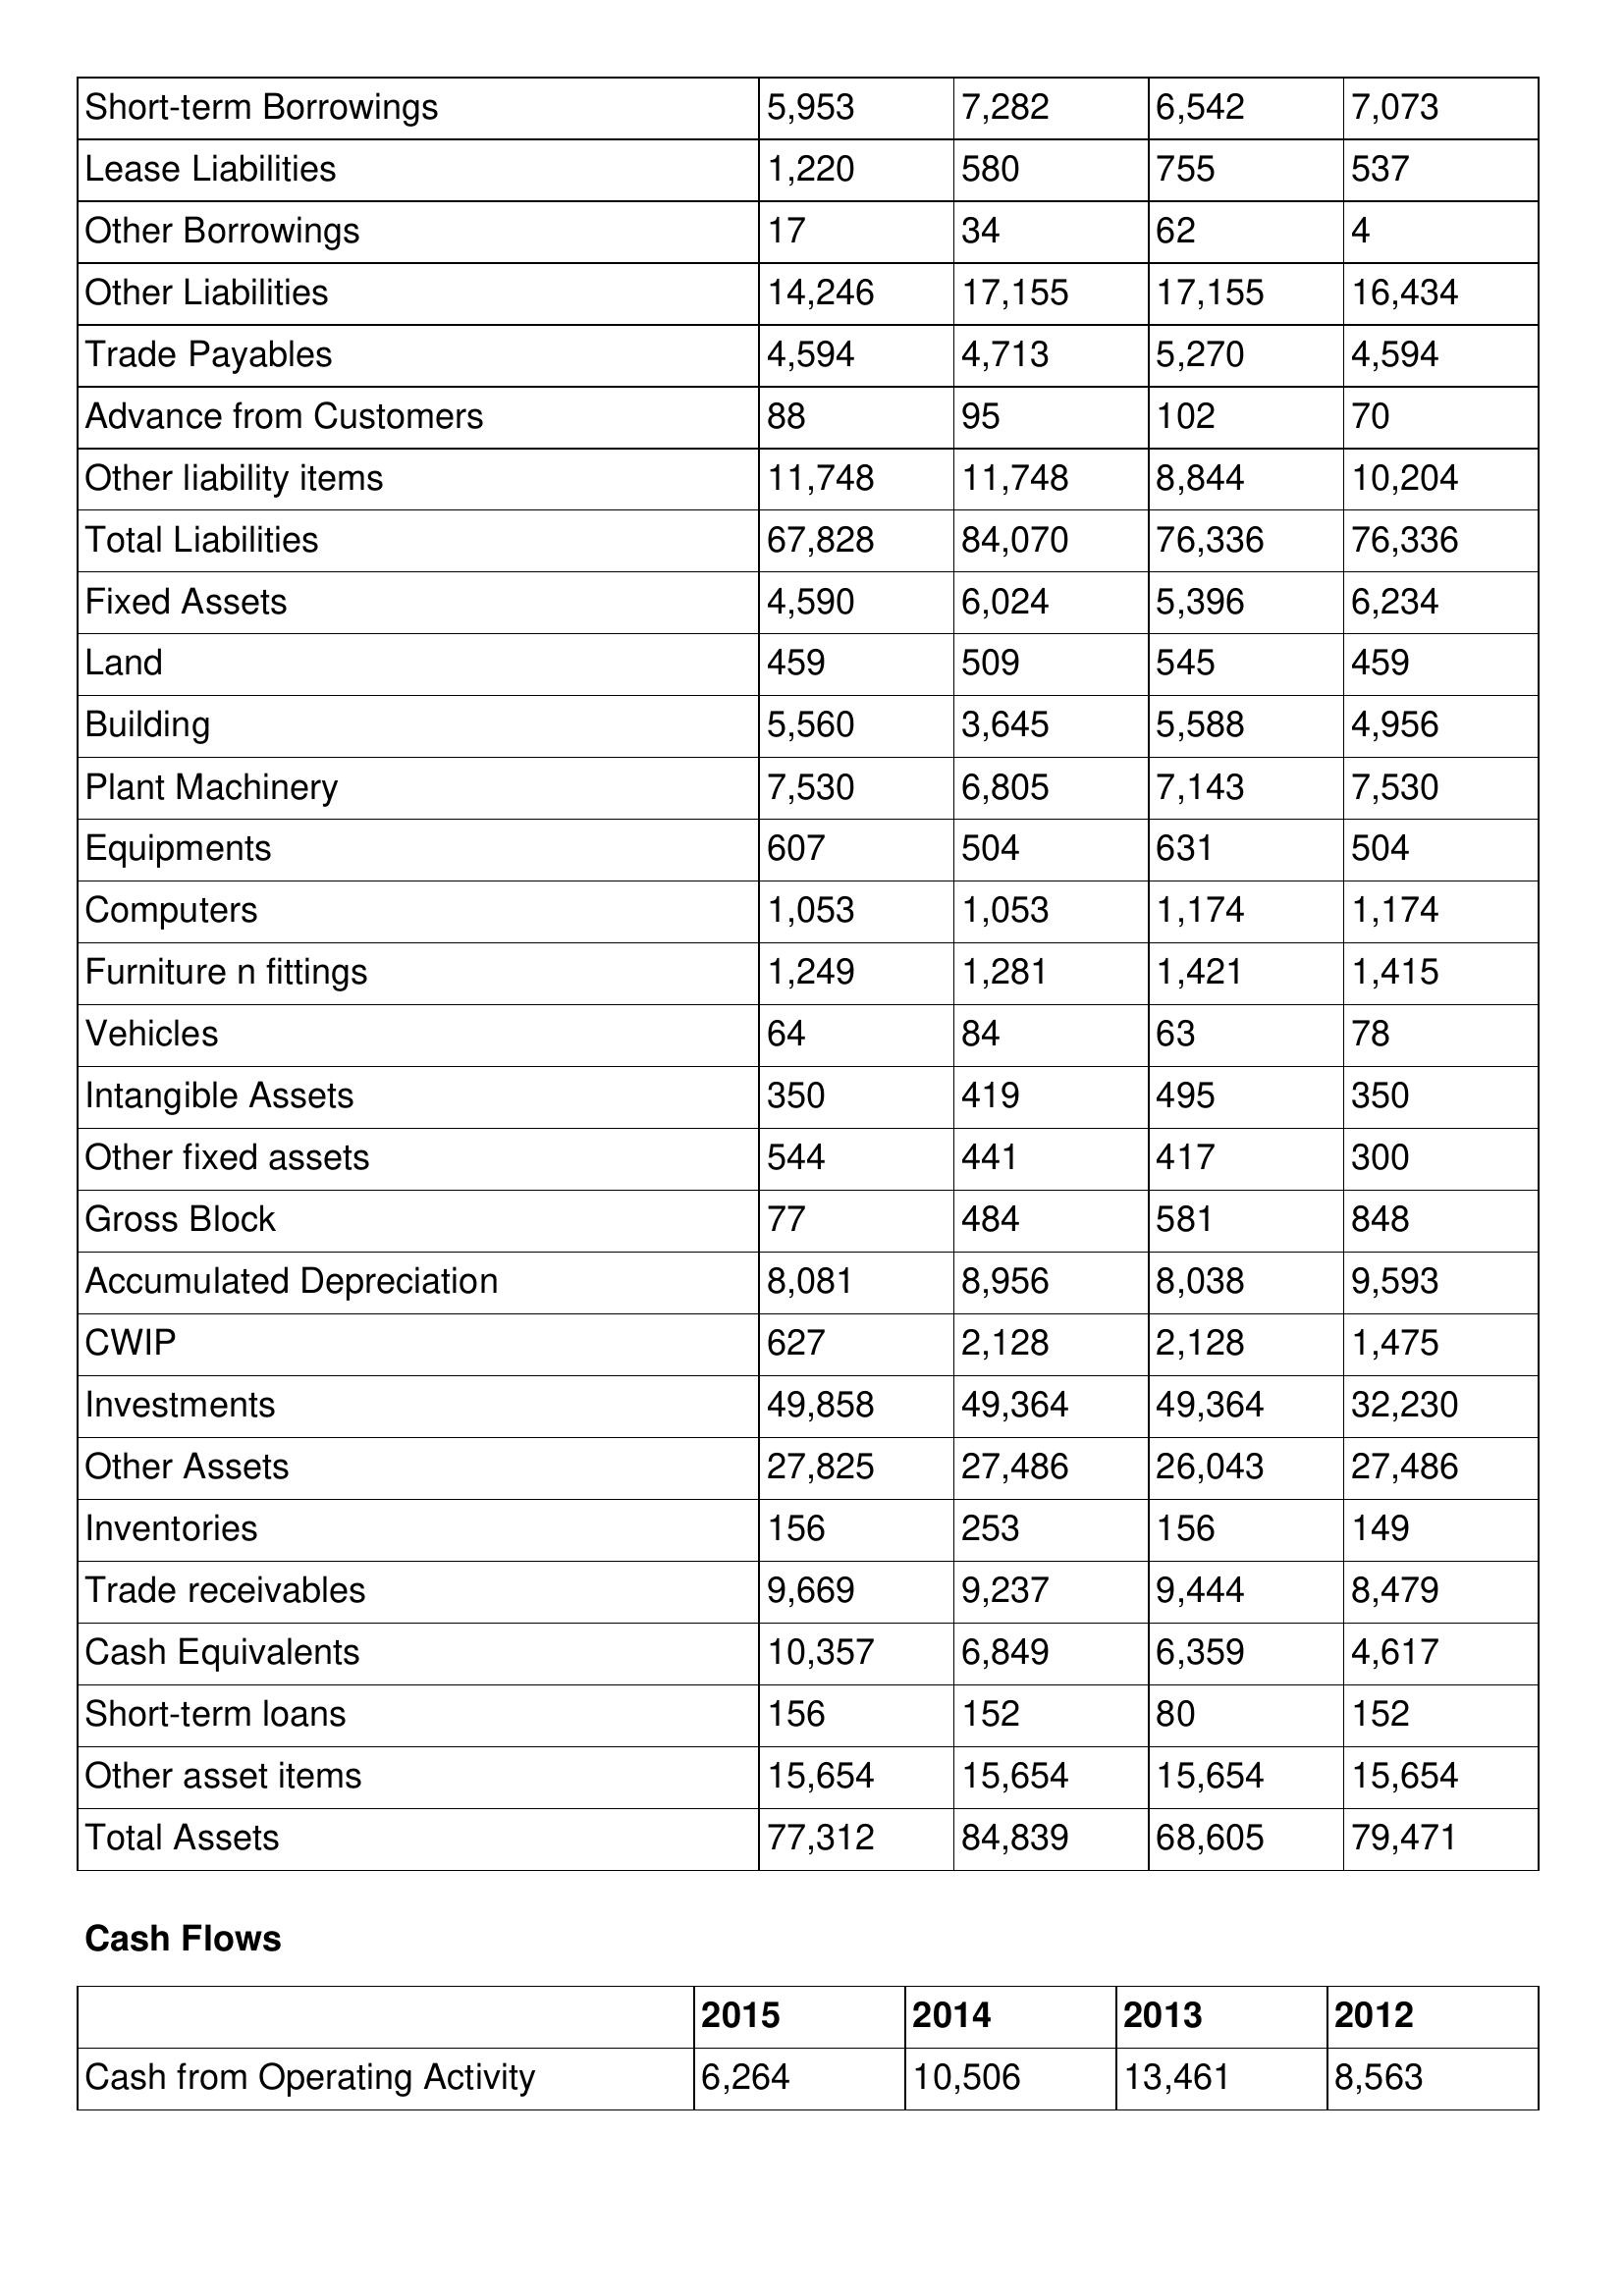
gt_parse: 2015: Balance Sheet: Short-term Borrowings: 5,953
Lease Liabilities: 1,220
Other Borrowings: 17
Other Liabilities: 14,246
Trade Payables: 4,594
Advance from Customers: 88
Other liability items: 11,748
Total Liabilities: 67,828
Fixed Assets: 4,590
Land: 459
Building: 5,560
Plant Machinery: 7,530
Equipments: 607
Computers: 1,053
Furniture n fittings: 1,249
Vehicles: 64
Intangible Assets: 350
Other fixed assets: 544
Gross Block: 77
Accumulated Depreciation: 8,081
CWIP: 627
Investments: 49,858
Other Assets: 27,825
Inventories: 156
Trade receivables: 9,669
Cash Equivalents: 10,357
Short-term loans: 156
Other asset items: 15,654
Total Assets: 77,312
Cash Flows: Cash from Operating Activity: 6,264
2014: Balance Sheet: Short-term Borrowings: 7,282
Lease Liabilities: 580
Other Borrowings: 34
Other Liabilities: 17,155
Trade Payables: 4,713
Advance from Customers: 95
Other liability items: 11,748
Total Liabilities: 84,070
Fixed Assets: 6,024
Land: 509
Building: 3,645
Plant Machinery: 6,805
Equipments: 504
Computers: 1,053
Furniture n fittings: 1,281
Vehicles: 84
Intangible Assets: 419
Other fixed assets: 441
Gross Block: 484
Accumulated Depreciation: 8,956
CWIP: 2,128
Investments: 49,364
Other Assets: 27,486
Inventories: 253
Trade receivables: 9,237
Cash Equivalents: 6,849
Short-term loans: 152
Other asset items: 15,654
Total Assets: 84,839
Cash Flows: Cash from Operating Activity: 10,506
2013: Balance Sheet: Short-term Borrowings: 6,542
Lease Liabilities: 755
Other Borrowings: 62
Other Liabilities: 17,155
Trade Payables: 5,270
Advance from Customers: 102
Other liability items: 8,844
Total Liabilities: 76,336
Fixed Assets: 5,396
Land: 545
Building: 5,588
Plant Machinery: 7,143
Equipments: 631
Computers: 1,174
Furniture n fittings: 1,421
Vehicles: 63
Intangible Assets: 495
Other fixed assets: 417
Gross Block: 581
Accumulated Depreciation: 8,038
CWIP: 2,128
Investments: 49,364
Other Assets: 26,043
Inventories: 156
Trade receivables: 9,444
Cash Equivalents: 6,359
Short-term loans: 80
Other asset items: 15,654
Total Assets: 68,605
Cash Flows: Cash from Operating Activity: 13,461
2012: Balance Sheet: Short-term Borrowings: 7,073
Lease Liabilities: 537
Other Borrowings: 4
Other Liabilities: 16,434
Trade Payables: 4,594
Advance from Customers: 70
Other liability items: 10,204
Total Liabilities: 76,336
Fixed Assets: 6,234
Land: 459
Building: 4,956
Plant Machinery: 7,530
Equipments: 504
Computers: 1,174
Furniture n fittings: 1,415
Vehicles: 78
Intangible Assets: 350
Other fixed assets: 300
Gross Block: 848
Accumulated Depreciation: 9,593
CWIP: 1,475
Investments: 32,230
Other Assets: 27,486
Inventories: 149
Trade receivables: 8,479
Cash Equivalents: 4,617
Short-term loans: 152
Other asset items: 15,654
Total Assets: 79,471
Cash Flows: Cash from Operating Activity: 8,563